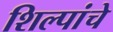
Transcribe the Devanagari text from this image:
शिल्पांचे